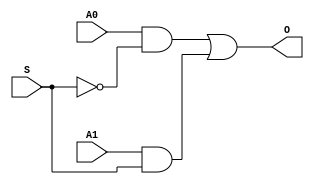
module TwoinOneMultiplexer(O,A0,A1,S);
  input A0,A1,S;
  output O;
  wire S1,A1out,A2out;
  
  not n1(S1,S);
  and a1(A1out,A0,S1);
  and a2(A2out,A1,S);
  or o1(O,A1out,A2out);
  
endmodule